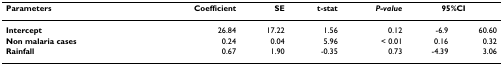
<table><thead><tr><td><b>Parameters</b></td><td><b>Coefficient</b></td><td><b>SE</b></td><td><b>t-stat</b></td><td><b><i>P-value</i></b></td><td colspan="2"><b>95%CI</b></td></tr></thead><tbody><tr><td><b>Intercept</b></td><td>26.84</td><td>17.22</td><td>1.56</td><td>0.12</td><td>-6.9</td><td>60.60</td></tr><tr><td><b>Non malaria cases</b></td><td>0.24</td><td>0.04</td><td>5.96</td><td>&lt; 0.01</td><td>0.16</td><td>0.32</td></tr><tr><td><b>Rainfall</b></td><td>0.67</td><td>1.90</td><td>-0.35</td><td>0.73</td><td>-4.39</td><td>3.06</td></tr></tbody></table>